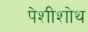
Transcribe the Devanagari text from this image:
पेशीशोथ